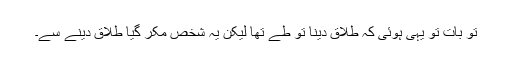
تو بات تو یہی ہوئی کہ طلاق دینا تو طے تھا لیکن یہ شخص مکر گیا طلاق دینے سے۔